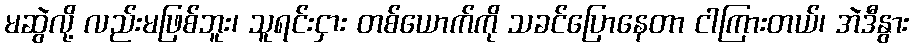
မဆွဲလို့ လည်းမဖြစ်ဘူး၊ သူရင်းငှား တစ်ယောက်ကို သခင်ပြောနေတာ ငါကြားတယ်၊ အဲဒီနွား